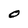
Character: O